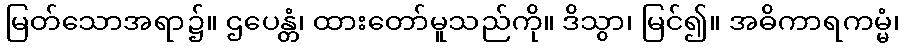
မြတ်သောအရာ၌။ ဌပေန္တံ၊ ထားတော်မူသည်ကို။ ဒိသွာ၊ မြင်၍။ အဓိကာရကမ္မံ၊